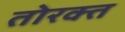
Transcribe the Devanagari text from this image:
तोरक्त